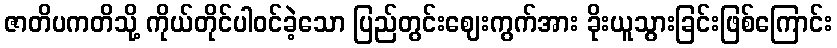
ဇာတိပကတိသို့ ကိုယ်တိုင်ပါဝင်ခဲ့သော ပြည်တွင်းဈေးကွက်အား ခိုးယူသွားခြင်းဖြစ်ကြောင်း